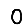
Digit: 0